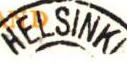
HELSINKI